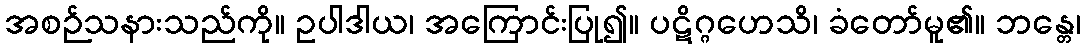
အစဉ်သနားသည်ကို။ ဥပါဒါယ၊ အကြောင်းပြု၍။ ပဋိဂ္ဂဟေသိ၊ ခံတော်မူ၏။ ဘန္တေ၊